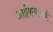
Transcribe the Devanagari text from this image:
आईकमानचे